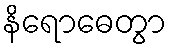
နိရောဓေတွာ